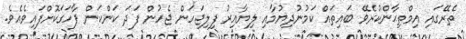
ތެރޭގައި އިމްތިޙާންކުރެވޭ ބައިތައް ކަމުނުދިޔުމާއި ލިޔާއިރު ފިލިޖަހަން ޖެހުން ފަދަ ކަންކަން ފާހަގަކޮށްފައިވެއެވެ.